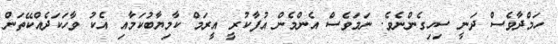
ހަމްދާވެސް ދަނީ ސިހިގެންނެވެ. ނަމަވެސް އެންމެން އުފާކުރީ އީރަމް ކާމިޔާބުކަމާއި އެކު ވާހަކަދެއްކޭތަން